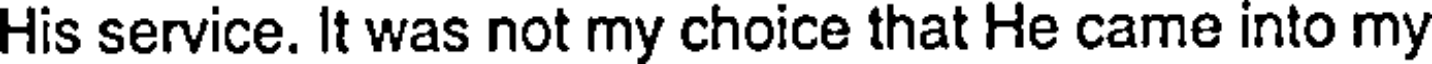
His service. It was not my choice that He came into my